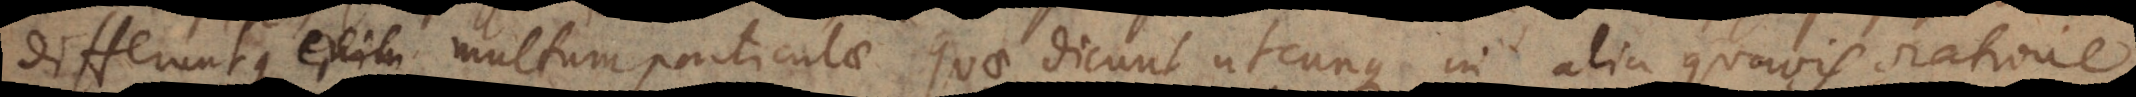
Differuntque multum particulae quae dicunt utcunque in alia quavis oratione